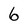
Character: 6